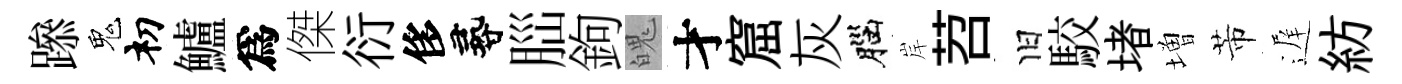
𨅶鬼𥘉鱸爲傑衍侈尋𦛁鉤魄才窟灰腦岸苕旧駮堵増芾遅紡